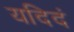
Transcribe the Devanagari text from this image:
यदिदं